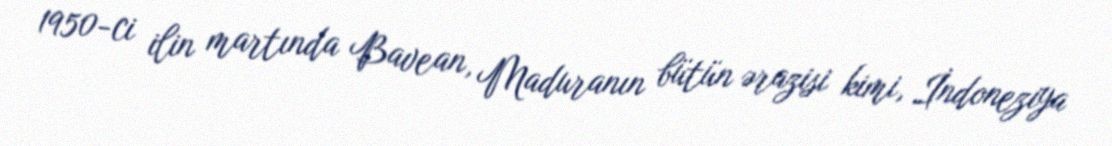
1950-ci ilin martında Bavean, Maduranın bütün ərazisi kimi, İndoneziya